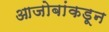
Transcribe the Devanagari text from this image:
आजोबांकडून